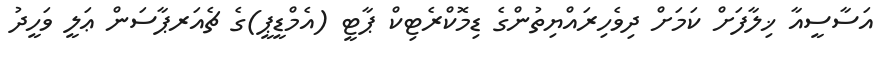
އަސާސީއާ ޚިލާފަށް ކަމަށް ދިވެހިރައްޔިތުންގެ ޑިމޮކްރެޓިކް ޕާޓީ (އެމްޑީޕީ)ގެ ޗެއަރޕާސަން ޢަލީ ވަހީދު